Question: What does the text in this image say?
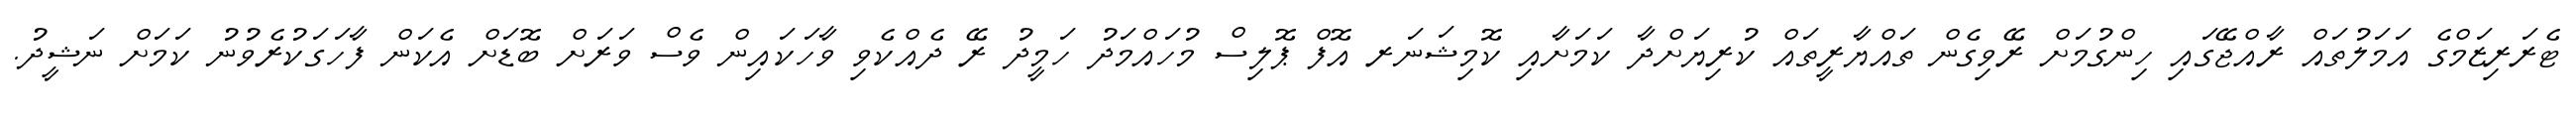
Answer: ޓެރަރިޒަމްގެ އަމަލުތައް ރާއްޖޭގައި ހިންގުމަށް ރޭވިގެން ތައްޔާރީތައް ކުރިޔަށްދާ ކަމަށާއި ކޮމިޝަނަރ އޮފް ޕޮލިސް މުހައްމަދު ހަމީދު ރޭ ދެއްކެވި ވާހަކައިން ވެސް ވަރަށް ބޮޑަށް އެކަން ފާހަގަކުރެވުނު ކަމަށް ނަޝީދު.